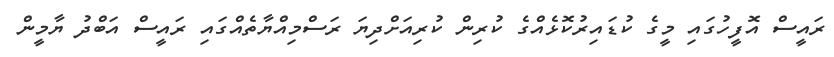
ރައީސް އޮފީހުގައި މީގެ ކުޑައިރުކޮޅެއްގެ ކުރިން ކުރިއަށްދިޔަ ރަސްމިއްޔާތެއްގައި ރައީސް އަބްދު ޔާމީން